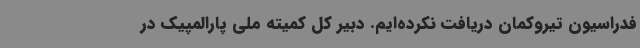
فدراسیون تیروکمان دریافت نکرده‌ایم. دبیر کل کمیته ملی پارالمپیک در